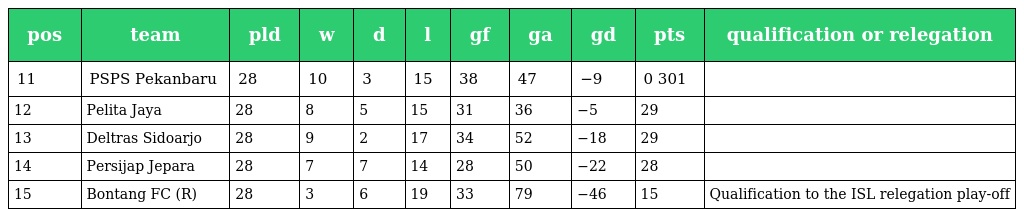
| pos | team | pld | w | d | l | gf | ga | gd | pts | qualification or relegation |
 | --- | --- | --- | --- | --- | --- | --- | --- | --- | --- | --- |
 | 11 | PSPS Pekanbaru | 28 | 10 | 3 | 15 | 38 | 47 | −9 | 0 301 |  |
 | 12 | Pelita Jaya | 28 | 8 | 5 | 15 | 31 | 36 | −5 | 29 |  |
 | 13 | Deltras Sidoarjo | 28 | 9 | 2 | 17 | 34 | 52 | −18 | 29 |  |
 | 14 | Persijap Jepara | 28 | 7 | 7 | 14 | 28 | 50 | −22 | 28 |  |
 | 15 | Bontang FC (R) | 28 | 3 | 6 | 19 | 33 | 79 | −46 | 15 | Qualification to the ISL relegation play-off |